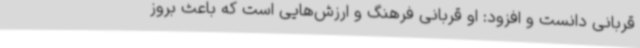
قربانی دانست و افزود: او قربانی فرهنگ و ارزش‌هایی است که باعث بروز